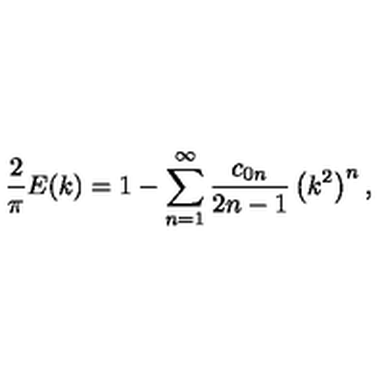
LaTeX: { \frac { 2 } { \pi } } E ( k ) = 1 - \sum _ { n = 1 } ^ { \infty } { \frac { c _ { 0 n } } { 2 n - 1 } } \left( k ^ { 2 } \right) ^ { n } ,